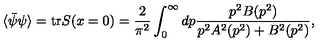
\langle \bar { \psi } \psi \rangle = \mathrm { t r } S ( x = 0 ) = \frac { 2 } { \pi ^ { 2 } } \int _ { 0 } ^ { \infty } d p \frac { p ^ { 2 } B ( p ^ { 2 } ) } { p ^ { 2 } A ^ { 2 } ( p ^ { 2 } ) + B ^ { 2 } ( p ^ { 2 } ) } ,